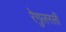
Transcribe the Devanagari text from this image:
रेगुलरली